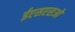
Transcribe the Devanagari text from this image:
ईएसएसओ